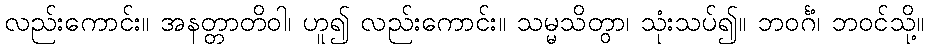
လည်းကောင်း။ အနတ္တာတိဝါ၊ ဟူ၍ လည်းကောင်း။ သမ္မသိတွာ၊ သုံးသပ်၍။ ဘဝင်္ဂံ၊ ဘဝင်သို့။